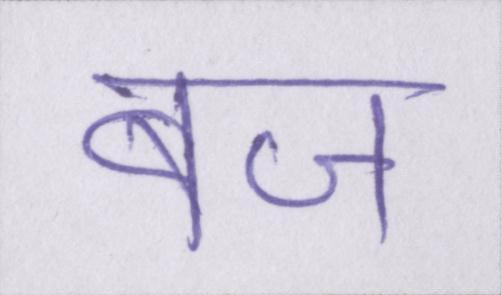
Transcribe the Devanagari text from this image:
बज